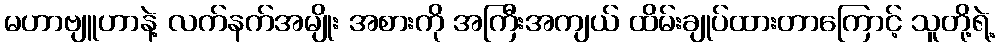
မဟာဗျူဟာနဲ့ လက်နက်အမျိုး အစားကို အကြီးအကျယ် ထိမ်းချုပ်ထားတာကြောင့် သူတို့ရဲ့